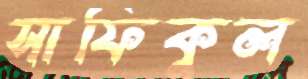
সাফিকুল